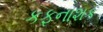
કફનાશક